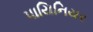
પાયિનિયર